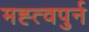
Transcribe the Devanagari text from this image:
मह्त्वपुर्न